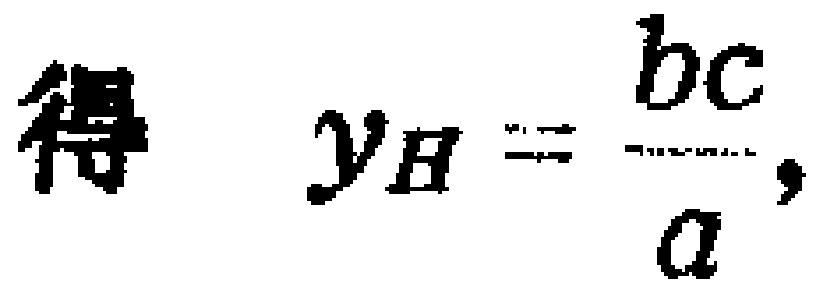
得 \(y_{B}=\frac{bc}{a},\)